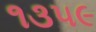
૧૩૫૯